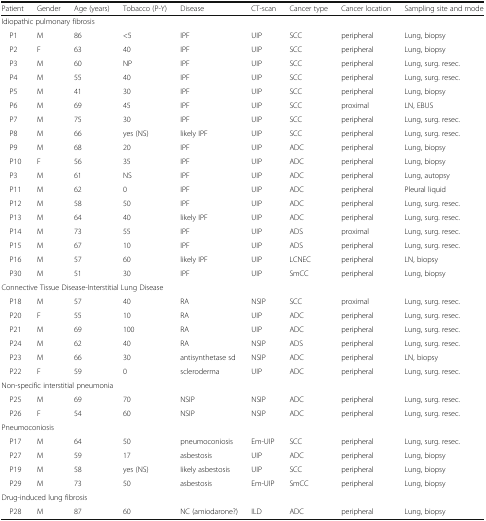
<table><thead><tr><td><b>Patient</b></td><td><b>Gender</b></td><td><b>Age (years)</b></td><td><b>Tobacco (P-Y)</b></td><td><b>Disease</b></td><td><b>CT-scan</b></td><td><b>Cancer type</b></td><td><b>Cancer location</b></td><td><b>Sampling site and mode</b></td></tr></thead><tbody><tr><td colspan="9">Idiopathic pulmonary fibrosis</td></tr><tr><td> P1</td><td>M</td><td>86</td><td>&lt;5</td><td>IPF</td><td>UIP</td><td>SCC</td><td>peripheral</td><td>Lung, biopsy</td></tr><tr><td> P2</td><td>F</td><td>63</td><td>40</td><td>IPF</td><td>UIP</td><td>SCC</td><td>peripheral</td><td>Lung, biopsy</td></tr><tr><td> P3</td><td>M</td><td>60</td><td>NP</td><td>IPF</td><td>UIP</td><td>SCC</td><td>peripheral</td><td>Lung, surg. resec.</td></tr><tr><td> P4</td><td>M</td><td>55</td><td>40</td><td>IPF</td><td>UIP</td><td>SCC</td><td>peripheral</td><td>Lung, surg. resec.</td></tr><tr><td> P5</td><td>M</td><td>41</td><td>30</td><td>IPF</td><td>UIP</td><td>SCC</td><td>peripheral</td><td>Lung, biopsy</td></tr><tr><td> P6</td><td>M</td><td>69</td><td>45</td><td>IPF</td><td>UIP</td><td>SCC</td><td>proximal</td><td>LN, EBUS</td></tr><tr><td> P7</td><td>M</td><td>75</td><td>30</td><td>IPF</td><td>UIP</td><td>SCC</td><td>peripheral</td><td>Lung, surg. resec.</td></tr><tr><td> P8</td><td>M</td><td>66</td><td>yes (NS)</td><td>likely IPF</td><td>UIP</td><td>SCC</td><td>peripheral</td><td>Lung, surg. resec.</td></tr><tr><td> P9</td><td>M</td><td>68</td><td>20</td><td>IPF</td><td>UIP</td><td>ADC</td><td>peripheral</td><td>Lung, biopsy</td></tr><tr><td> P10</td><td>F</td><td>56</td><td>35</td><td>IPF</td><td>UIP</td><td>ADC</td><td>peripheral</td><td>Lung, biopsy</td></tr><tr><td> P3</td><td>M</td><td>61</td><td>NS</td><td>IPF</td><td>UIP</td><td>ADC</td><td>peripheral</td><td>Lung, autopsy</td></tr><tr><td> P11</td><td>M</td><td>62</td><td>0</td><td>IPF</td><td>UIP</td><td>ADC</td><td>peripheral</td><td>Pleural liquid</td></tr><tr><td> P12</td><td>M</td><td>58</td><td>50</td><td>IPF</td><td>UIP</td><td>ADC</td><td>peripheral</td><td>Lung, surg. resec.</td></tr><tr><td> P13</td><td>M</td><td>64</td><td>40</td><td>likely IPF</td><td>UIP</td><td>ADC</td><td>peripheral</td><td>Lung, surg. resec.</td></tr><tr><td> P14</td><td>M</td><td>73</td><td>55</td><td>IPF</td><td>UIP</td><td>ADS</td><td>proximal</td><td>Lung, surg. resec.</td></tr><tr><td> P15</td><td>M</td><td>67</td><td>10</td><td>IPF</td><td>UIP</td><td>ADS</td><td>peripheral</td><td>Lung, surg. resec.</td></tr><tr><td> P16</td><td>M</td><td>57</td><td>60</td><td>likely IPF</td><td>UIP</td><td>LCNEC</td><td>peripheral</td><td>LN, biopsy</td></tr><tr><td> P30</td><td>M</td><td>51</td><td>30</td><td>IPF</td><td>UIP</td><td>SmCC</td><td>peripheral</td><td>Lung, biopsy</td></tr><tr><td colspan="9">Connective Tissue Disease-Interstitial Lung Disease</td></tr><tr><td> P18</td><td>M</td><td>57</td><td>40</td><td>RA</td><td>NSIP</td><td>SCC</td><td>proximal</td><td>Lung, surg. resec.</td></tr><tr><td> P20</td><td>F</td><td>55</td><td>10</td><td>RA</td><td>UIP</td><td>ADC</td><td>peripheral</td><td>Lung, surg. resec.</td></tr><tr><td> P21</td><td>M</td><td>69</td><td>100</td><td>RA</td><td>UIP</td><td>ADC</td><td>peripheral</td><td>Lung, surg. resec.</td></tr><tr><td> P24</td><td>M</td><td>62</td><td>40</td><td>RA</td><td>NSIP</td><td>ADS</td><td>peripheral</td><td>Lung, surg. resec.</td></tr><tr><td> P23</td><td>M</td><td>66</td><td>30</td><td>antisynthetase sd</td><td>NSIP</td><td>ADC</td><td>peripheral</td><td>LN, biopsy</td></tr><tr><td> P22</td><td>F</td><td>59</td><td>0</td><td>scleroderma</td><td>UIP</td><td>ADC</td><td>peripheral</td><td>Lung, surg. resec.</td></tr><tr><td colspan="9">Non-specific interstitial pneumonia</td></tr><tr><td> P25</td><td>M</td><td>69</td><td>70</td><td>NSIP</td><td>NSIP</td><td>ADC</td><td>peripheral</td><td>Lung, surg. resec.</td></tr><tr><td> P26</td><td>F</td><td>54</td><td>60</td><td>NSIP</td><td>NSIP</td><td>ADC</td><td>peripheral</td><td>Lung, surg. resec.</td></tr><tr><td colspan="9">Pneumoconiosis</td></tr><tr><td> P17</td><td>M</td><td>64</td><td>50</td><td>pneumoconiosis</td><td>Em-UIP</td><td>SCC</td><td>peripheral</td><td>Lung, surg. resec.</td></tr><tr><td> P27</td><td>M</td><td>59</td><td>17</td><td>asbestosis</td><td>UIP</td><td>ADC</td><td>peripheral</td><td>Lung, biopsy</td></tr><tr><td> P19</td><td>M</td><td>58</td><td>yes (NS)</td><td>Iikely asbestosis</td><td>UIP</td><td>SCC</td><td>peripheral</td><td>Lung, biopsy</td></tr><tr><td> P29</td><td>M</td><td>73</td><td>50</td><td>asbestosis</td><td>Em-UIP</td><td>SmCC</td><td>peripheral</td><td>Lung, biopsy</td></tr><tr><td colspan="9">Drug-induced lung fibrosis</td></tr><tr><td> P28</td><td>M</td><td>87</td><td>60</td><td>NC (amiodarone?)</td><td>ILD</td><td>ADC</td><td>peripheral</td><td>Lung, biopsy</td></tr></tbody></table>